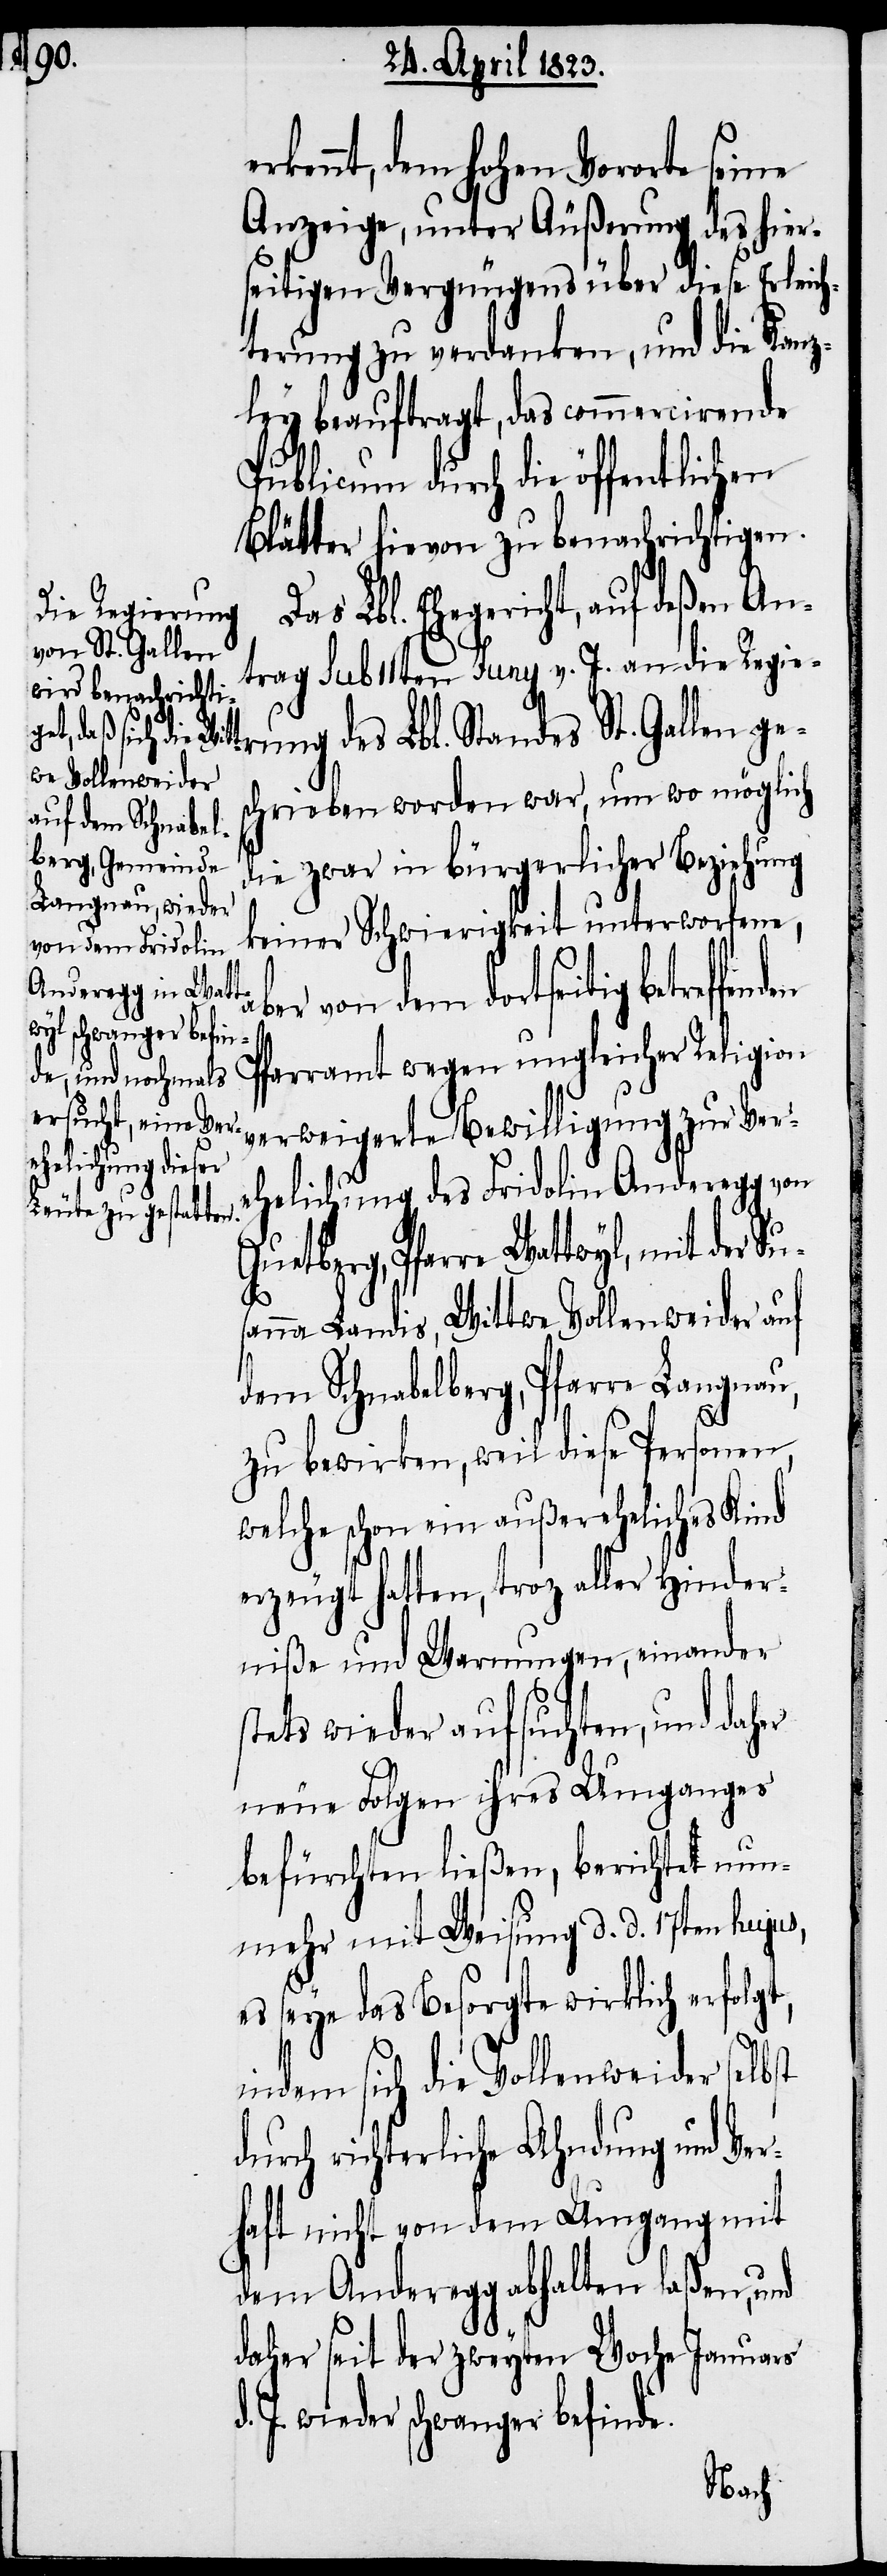
erkennt, dem hohen Vororte seine
Anzeige, unter Äußerung des hier¬
seitigen Vergnügens über diese Erleich¬
terung zu verdanken, und die Kanz¬
ley beauftragt, das commercirende
Publicum durch die öffentlichen
Blätter hievon zu benachrichtigen.
Das Lbl. Ehegericht, auf deßen An¬
us¬
trag sub 11ten Juny v. J. an die Regie¬
rung des Lbl. Standes St. Gallen ge¬
schrieben worden war, um wo möglich
die zwar in bürgerlicher Beziehung
keiner Schwierigkeit unterworfene,
er von dem dortseitig betreffe¬
nden
Pfarramt wegen ungleicher Religion
verweigerte Bewilligung zur Ver¬
ehelichung des Fridolin Anderegg von
Guetberg, Pfarre Wattwyl, mit der
anna Landis, Wittwe Vollenweider auf
dem Schnabelberg, Pfarre Langnau,
zu bewirken, weil diese Personen,
welche schon ein außereheliches Kind
erzeugt hatten, tro[t]z aller Hinder¬
niße und Warnungen, einander
stets wieder aufsuchten, und daher
neue Folgen ihres Umganges
befürchten ließen, berichtet nun¬
mehr mit Weisung d. d. 17ten hujus,
es seye das Besorgte wirklich erfolgt,
indem sich die Vollenweider selbst
richterliche Ahndung und Ve¬
rhaft nicht von dem Umgang mit
dem Anderegg abhalten laßen, und
daher seit der zweyten Woche Januars
J. wieder schwanger befinde.